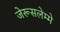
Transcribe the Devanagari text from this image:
जेरूसलेम्मे